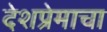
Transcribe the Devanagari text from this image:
देशप्रेमाचा